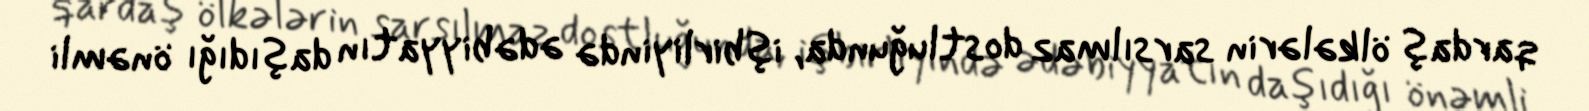
qardaş ölkələrin sarsılmaz dostluğunda, işbirliyində ədəbiyyatın daşıdığı önəmli